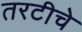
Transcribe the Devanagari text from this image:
तरटीचे